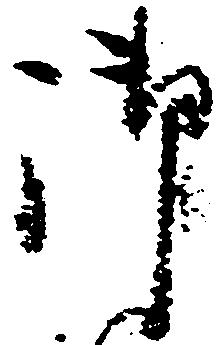
御